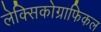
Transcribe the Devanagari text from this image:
लेक्सिकोग्राफिकल